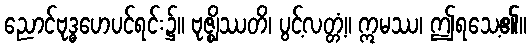
ညောင်ဗုဒ္ဓဟေပင်ရင်း၌။ ဗုဇ္ဈိဿတိ၊ ပွင့်လတ္တံ့။ ဣမဿ၊ ဤရသေ့၏။